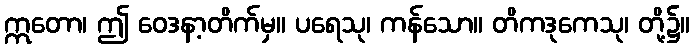
ဣတော၊ ဤ ဝေဒနာ့တိက်မှ။ ပရေသု၊ ကန်သော။ တိကဒုကေသု၊ တို့၌။